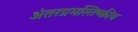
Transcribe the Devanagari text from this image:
अंतरप्रमस्तिष्‍कीय